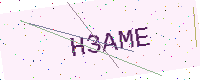
Text: H3AME